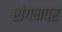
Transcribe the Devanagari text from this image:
संगमपर